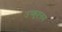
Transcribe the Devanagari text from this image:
उष्कृष्टतम